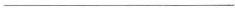
___